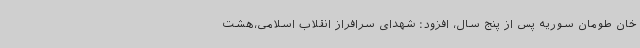
خان طومان سوریه پس از پنج سال، افزود: شهدای سرافراز انقلاب اسلامی،هشت